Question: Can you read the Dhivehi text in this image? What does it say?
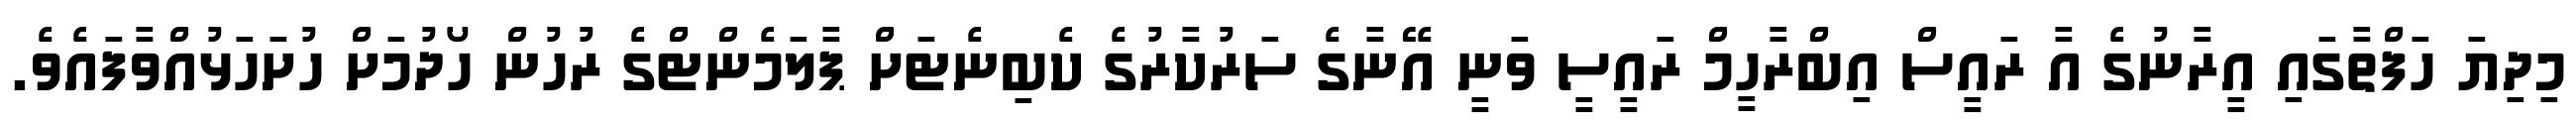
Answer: މިދިޔަ ހަފްތާގައި އީރާނުގެ އާ ރައީސް އިބްރާހީމް ރައީސީ ވަނީ އޭނާގެ ސަރުކާރުގެ ކެބިނެޓަށް ޕާލަމެންޓްގެ ރުހުން ހޯދުމަށް ހުށަހަޅުއްވާފައެވެ.